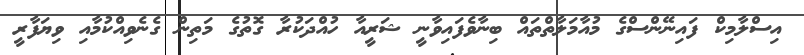
އިސްލާމިކް ފައިނޭންސްގެ މުއާމަލާތްތައް ބިނާވެފައިވާނީ ޝަރީއާ ހުއްދަކުރާ ގޮތުގެ މަތިން ގެނެވިއްކުމާއި ވިޔަފާރީ